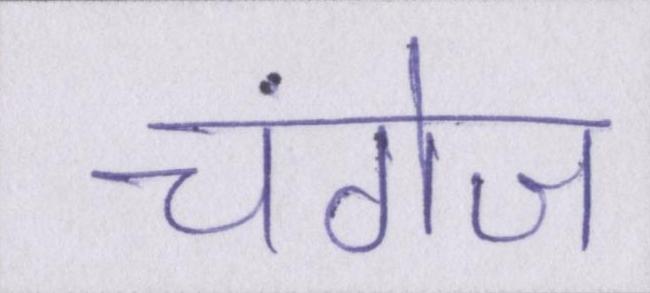
चंगेज